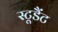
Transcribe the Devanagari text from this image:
स्टूडैंट